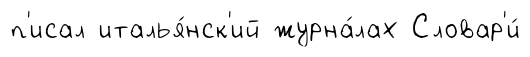
п'исал италья́нск'ий журна́лах Словар'и́